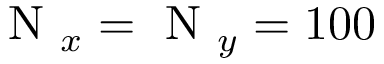
\mathrm { ~ N ~ } _ { x } = \mathrm { ~ N ~ } _ { y } = 1 0 0